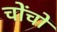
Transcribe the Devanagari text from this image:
चोंचों